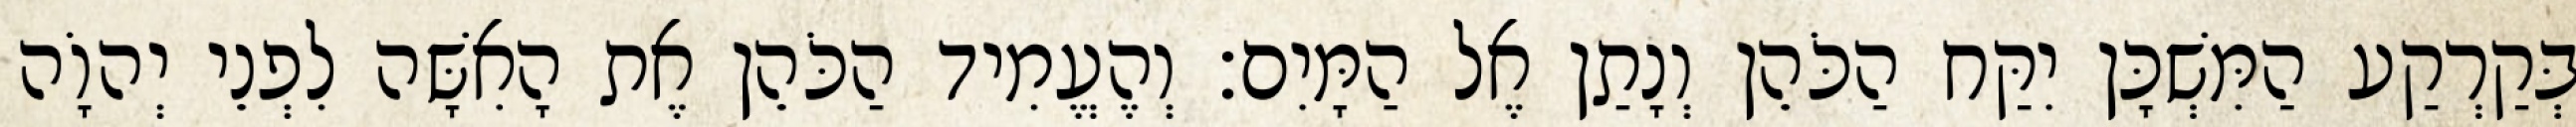
בְּקַרְקַע הַמִּשְׁכָּן יִקַּח הַכֹּהֵן וְנָתַן אֶל הַמָּיִם׃ וְהֶעֱמִיד הַכֹּהֵן אֶת הָאִשָּׁה לִפְנֵי יְהוָֹה